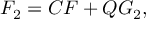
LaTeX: F _ { 2 } = C F + Q G _ { 2 } ,